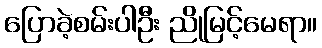
ပြောခဲ့စမ်းပါဦး ညိုမြင့်မေရာ။